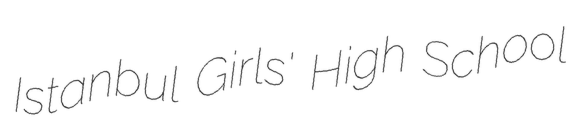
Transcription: Istanbul Girls' High School